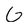
Character: G